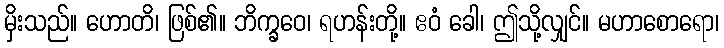
မှိးသည်။ ဟောတိ၊ ဖြစ်၏။ ဘိက္ခဝေ၊ ရဟန်းတို့။ ဧဝံ ခေါ၊ ဤသို့လျှင်။ မဟာစောရော၊